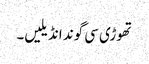
تھوڑی سی گوند انڈیلیں۔